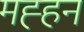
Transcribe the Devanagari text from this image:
मह्हन